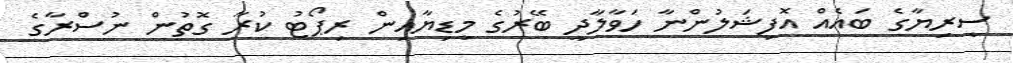
ސީރިޔާގެ ބައެއް އޮފިޝަލުންނާ ހަވާލާދީ ބޭރުގެ މީޑިޔާއިން ރިޕޯޓު ކުރާ ގޮތުން ނުސްރާގެ